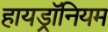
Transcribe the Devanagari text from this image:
हायड्रॉनियम